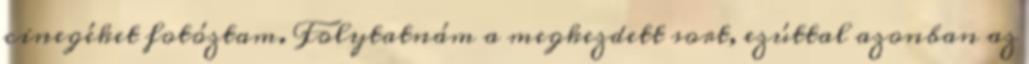
cinegéket fotóztam. Folytatnám a megkezdett sort, ezúttal azonban az